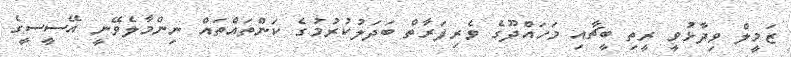
ޒަމީލް ވިދާޅުވީ ރީތި ބީޗާއި މަހައްދޫގެ ވެރިފަރާތް ބަދަލުކުރުމުގެ ކަންތައްތައް ނިންމާލެވޭނީ އޭސީސީގެ